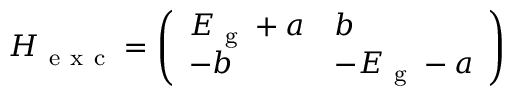
\boldsymbol { H } _ { \mathrm { ~ e ~ x ~ c ~ } } = \left( \begin{array} { l l } { E _ { \mathrm { ~ g ~ } } + a } & { b } \\ { - b } & { - E _ { \mathrm { ~ g ~ } } - a } \end{array} \right)